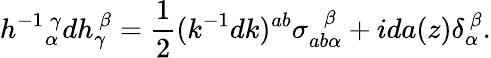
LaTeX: h^{-1}{}_{\alpha}^{~\gamma}dh_{\gamma}^{~\beta}={\frac{1}{2}}(k^{-1}dk)^{ab}\sigma_{ab\alpha}^{~~~\beta}+ida(z)\delta_{\alpha}^{~\beta}.